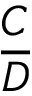
\frac { C } { D }